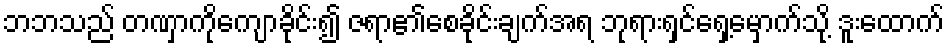
ဘဘသည် တဏှာကိုကျောခိုင်း၍ ဇရာ၏စေခိုင်းချက်အရ ဘုရားရှင်ရှေ့မှောက်သို့ ဒူးထောက်